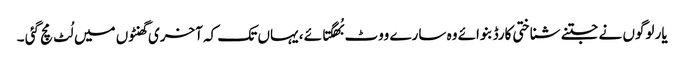
یار لوگوں نے جتنے شناختی کارڈ بنوائے وہ سارے ووٹ بُھگتائے ، یہاں تک کہ آخری گھنٹوں میں لُٹ مچ گئی ۔